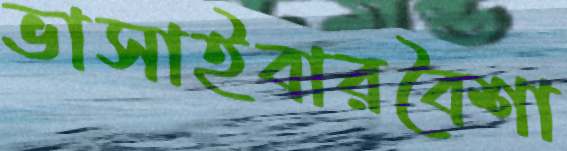
ভাসাইবারবৈশা